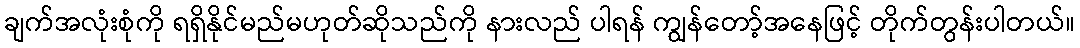
ချက်အလုံးစုံကို ရရှိနိုင်မည်မဟုတ်ဆိုသည်ကို နားလည် ပါရန် ကျွန်တော့်အနေဖြင့် တိုက်တွန်းပါတယ်။